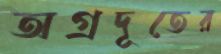
অগ্রদূতের